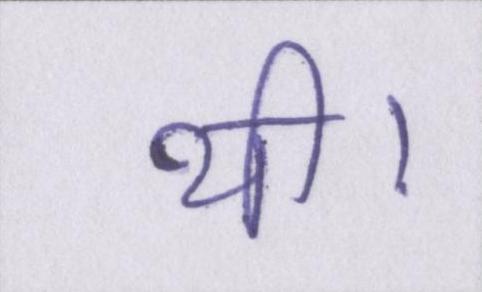
थी।